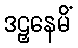
ဒဠှနေမိံ